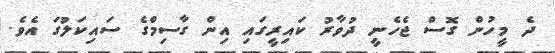
ދެ މީހުން ގޮސް ޖެހެނީ ދުވާރު ކައިރީގައި އިން ގާސިމްގެ ސައިކަލުގަ އެވެ.